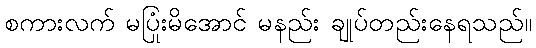
စကားလက် မပြုံးမိအောင် မနည်း ချုပ်တည်းနေရသည်။